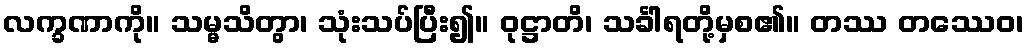
လက္ခဏာကို။ သမ္မသိတွာ၊ သုံးသပ်ပြီး၍။ ဝုဋ္ဌာတိ၊ သင်္ခါရတို့မှစ၏။ တဿ တဿေဝ၊